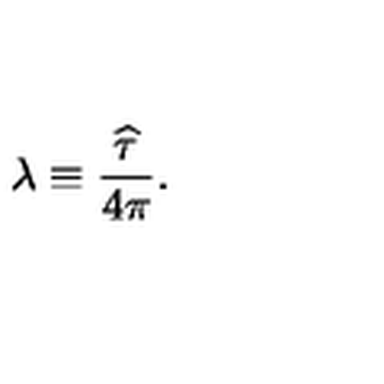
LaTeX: \lambda \equiv { \frac { \widehat \tau } { 4 \pi } } .